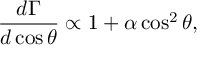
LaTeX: \frac { d \Gamma } { d \cos \theta } \propto 1 + \alpha \cos ^ { 2 } \theta ,